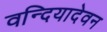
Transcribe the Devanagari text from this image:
वन्दियादेवन